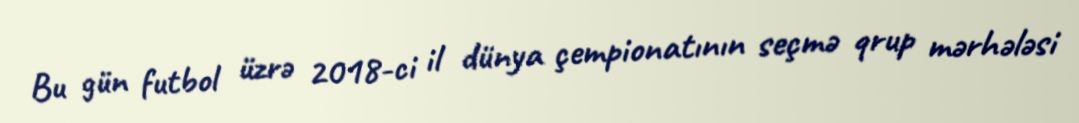
Bu gün futbol üzrə 2018-ci il dünya çempionatının seçmə qrup mərhələsi